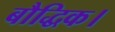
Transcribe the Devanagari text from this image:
बौद्धिक।